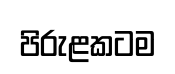
පිරුළකටම